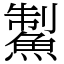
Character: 䱥